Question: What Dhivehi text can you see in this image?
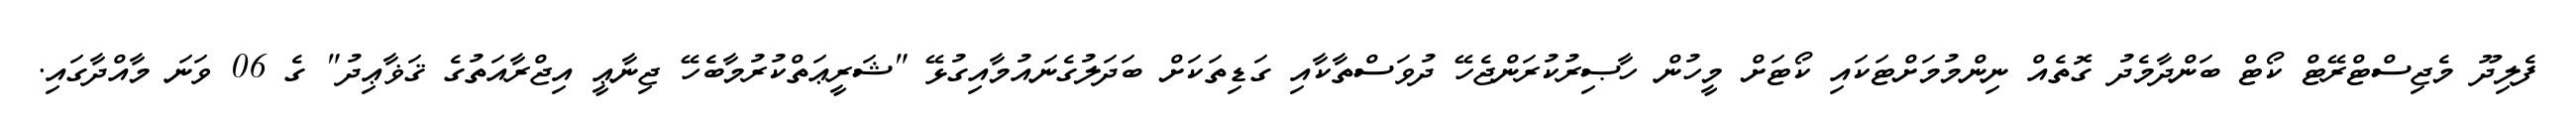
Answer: ފެލިދޫ މެޖިސްޓްރޭޓް ކޯޓް ބަންދާމެދު ގޮތެއް ނިންމުމަށްޓަކައި ކޯޓަށް މީހުން ހާޞިރުކުރަންޖެހޭ ދުވަސްތާކާއި ގަޑިތަކަށް ބަދަލުގެނައުމާއިގުޅޭ "ޝަރީޢަތްކުރުމާބެހޭ ޖިނާޢީ އިޖްރާއަތުގެ ޤަޥާޢިދު" ގެ 06 ވަނަ މާއްދާގައި.